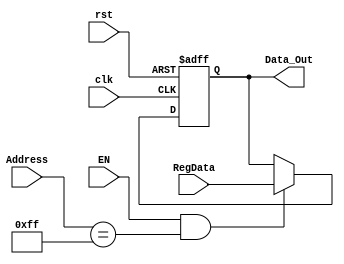
module parallel_out
(input [7:0] RegData,
input [7:0] Address,
input EN, clk,
input rst,
output reg [7:0] Data_Out);
wire enable;
always @ (posedge clk or negedge rst)
begin
	if(!rst)
		Data_Out <= 0;
	else if(EN == 1 && Address == 8'hFF)
		Data_Out <= RegData;
end	
		
		
endmodule